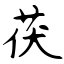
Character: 茯